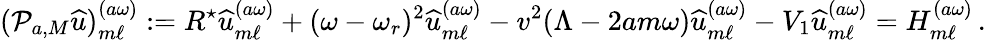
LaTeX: (\mathcal{P}_{a,M}{\widehat{u}})_{m\ell}^{(a\omega)}:=R^{\star}{\widehat{u}}_{m\ell}^{(a\omega)}+(\omega-\omega_{r})^{2}{\widehat{u}}_{m\ell}^{(a\omega)}-v^{2}(\Lambda-2am\omega){\widehat{u}}_{m\ell}^{(a\omega)}-V_{1}{\widehat{u}}_{m\ell}^{(a\omega)}=H_{m\ell}^{(a\omega)}\, .